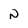
Character: N